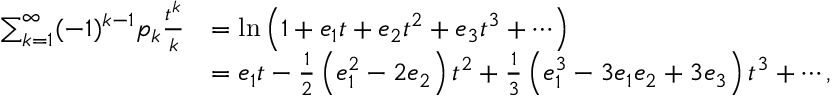
{ \begin{array} { r l } { \sum _ { k = 1 } ^ { \infty } ( - 1 ) ^ { k - 1 } p _ { k } { \frac { t ^ { k } } { k } } } & { = \ln \left( 1 + e _ { 1 } t + e _ { 2 } t ^ { 2 } + e _ { 3 } t ^ { 3 } + \cdots \right) } \\ & { = e _ { 1 } t - { \frac { 1 } { 2 } } \left( e _ { 1 } ^ { 2 } - 2 e _ { 2 } \right) t ^ { 2 } + { \frac { 1 } { 3 } } \left( e _ { 1 } ^ { 3 } - 3 e _ { 1 } e _ { 2 } + 3 e _ { 3 } \right) t ^ { 3 } + \cdots , } \end{array} }